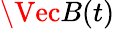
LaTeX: \Vec{B}(t)